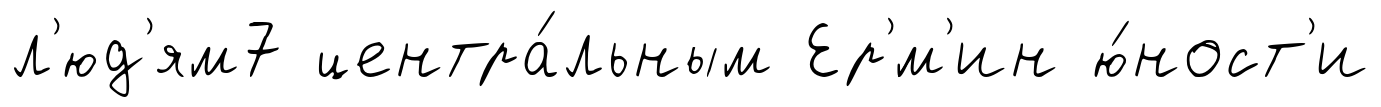
л'юд'ям7 центра́льным Ер'́м'ин ю́ност'и